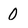
Character: 0